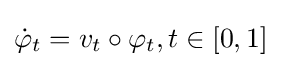
{\dot {\varphi }}_{t}=v_{t}\circ \varphi _{t},t\in [0,1]